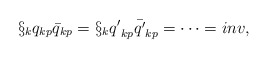
\begin{align*}\S_{k}{q}_{kp}{\bar{q}}_{kp} =\S_{k}{q'}_{kp}{\bar{q'}}_{kp}=\cdots = inv,\end{align*}